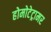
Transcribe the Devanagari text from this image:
होमोटेट्रामर